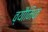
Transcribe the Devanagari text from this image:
व्यौमिक